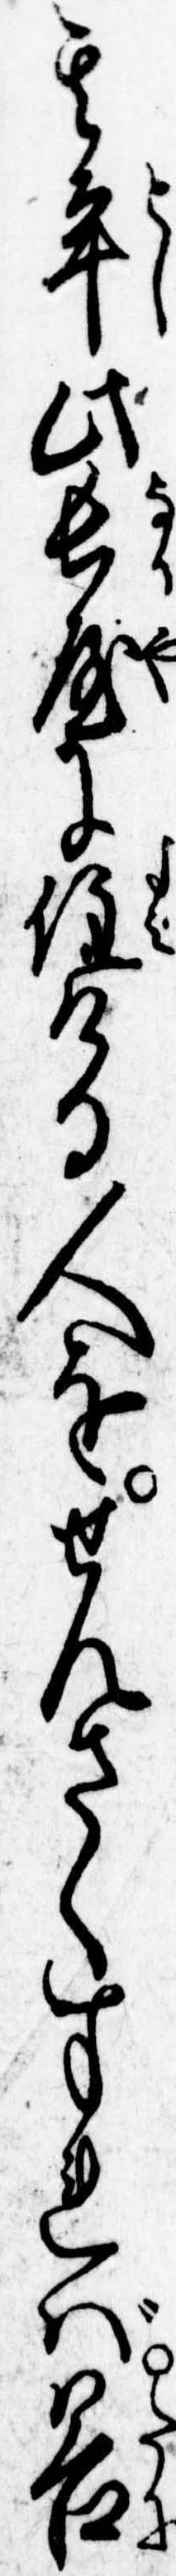
其年此長屋に住ける人をせんさくすれば谷